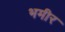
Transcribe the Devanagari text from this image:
भमीर